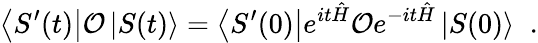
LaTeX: \left\langle S^{\prime}(t)\right|{\cal O}\left|S(t)\right\rangle=\left\langle S^{\prime}(0)\right|e^{it\hat{H}}{\cal O}e^{-it\hat{H}}\left|S(0)\right\rangle\; \; .